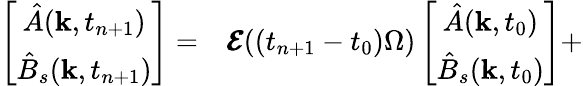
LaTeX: \begin{array}{rl}{\left[\begin{array}{c}{{\hat{A}}(\mathbf{k},t_{n+1})}\\ {{\hat{B}}_{s}(\mathbf{k},t_{n+1})}\end{array}\right]=}&{{}\pmb{\mathcal{E}}((t_{n+1}-t_{0})\Omega)\left[\begin{array}{c}{{\hat{A}}(\mathbf{k},t_{0})}\\ {{\hat{B}}_{s}(\mathbf{k},t_{0})}\end{array}\right]+}\end{array}